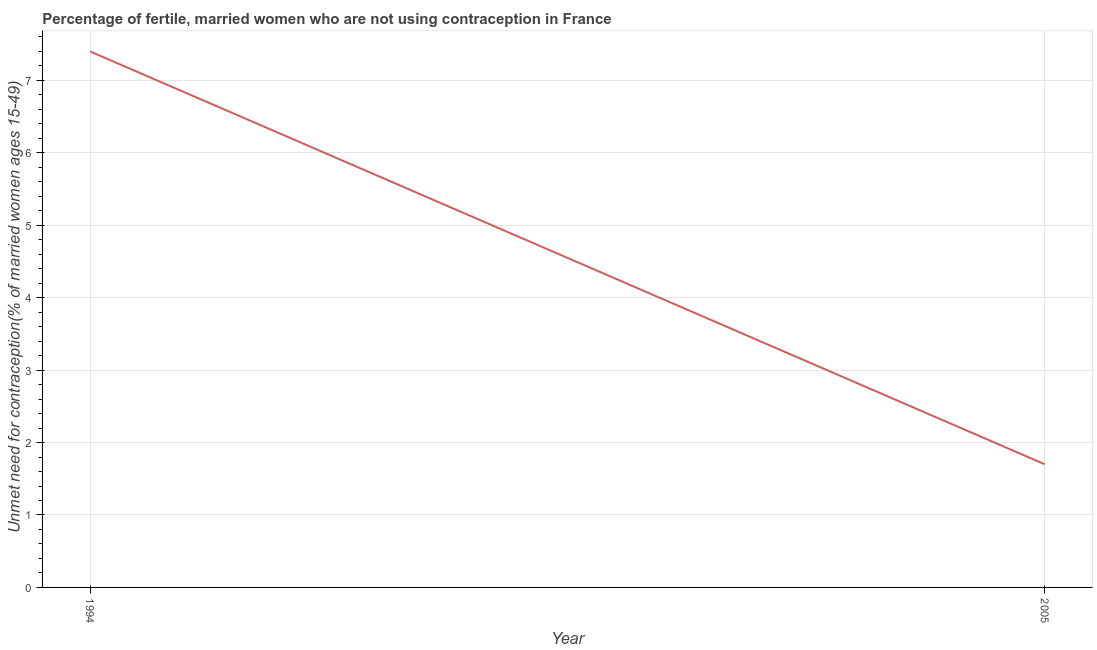
| Year | Unmet need for contraception |
 | --- | --- |
 | 1994 | 7.4 |
 | 2005 | 1.7 |